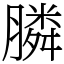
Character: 膦